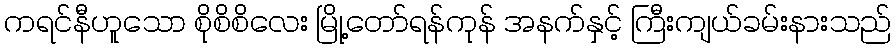
ကရင်နီဟူသော စိုစိစိလေး မြို့တော်ရန်ကုန် အနက်နှင့် ကြီးကျယ်ခမ်းနားသည်